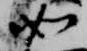
如